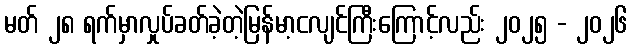
မတ် ၂၈ ရက်မှာလှုပ်ခတ်ခဲ့တဲ့မြန်မာ့ငလျင်ကြီးကြောင့်လည်း ၂၀၂၅ - ၂၀၂၆